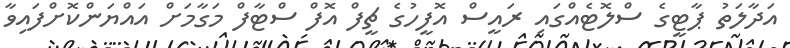
އަދާލަތު ޕާޓީގެ ސްލޮޓެއްގައި ރައީސް އޮފީހުގެ ޗީފް އޮފް ސްޓާފް މަގާމަށް އައްޔަންކޮށްފައިވާ